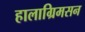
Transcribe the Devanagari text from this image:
हालाग्रिमसन